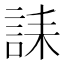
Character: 誄